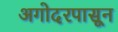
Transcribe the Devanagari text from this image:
अगोदरपासून